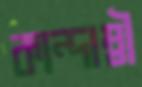
কান্দাম্বী